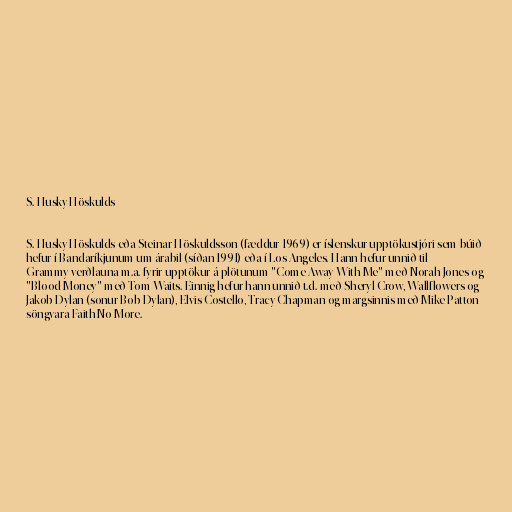
S. Husky Höskulds

S. Husky Höskulds eða Steinar Höskuldsson (fæddur 1969) er íslenskur upptökustjóri sem búið
hefur í Bandaríkjunum um árabil (síðan 1991) eða í Los Angeles. Hann hefur unnið til
Grammy-verðlauna m.a. fyrir upptökur á plötunum "Come Away With Me" með Norah Jones og
"Blood Money" með Tom Waits. Einnig hefur hann unnið t.d. með Sheryl Crow, Wallflowers og
Jakob Dylan (sonur Bob Dylan), Elvis Costello, Tracy Chapman og margsinnis með Mike Patton
söngvara Faith No More.